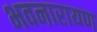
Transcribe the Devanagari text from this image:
भवनारायण